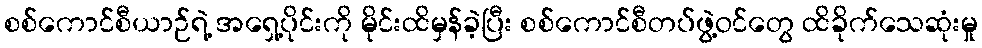
စစ်ကောင်စီယာဉ်ရဲ့ အရှေ့ပိုင်းကို မိုင်းထိမှန်ခဲ့ပြီး စစ်ကောင်စီတပ်ဖွဲ့ဝင်တွေ ထိခိုက်သေဆုံးမှု